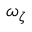
\omega _ { \zeta }